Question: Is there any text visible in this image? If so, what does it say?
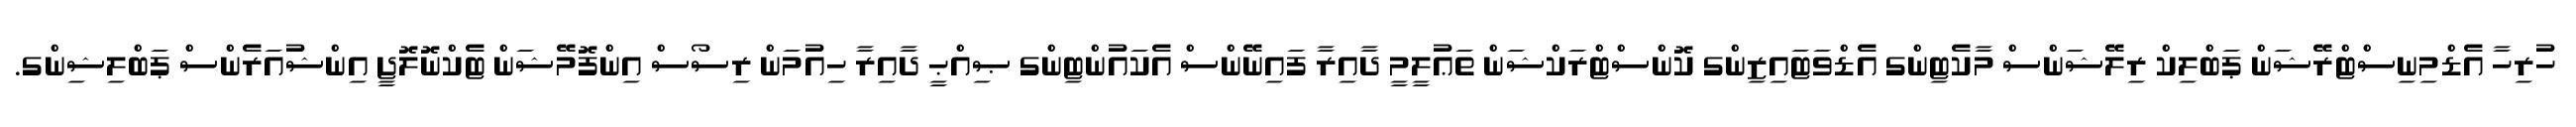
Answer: ހުރިހާ އެޑްމިނިސްޓްރޭޝަން ޕަބްލިކް ރިލޭޝަންސް މާކެޓިންގ އެޑްވަޓައިޒިންގ ކޮންސްޓްރަކްޝަން ތަޢުލީމީ ދާއިރާ ފައިނޭންސް އެކައުންޓިންގ ޞިއްޙީ ދާއިރާ ހިއުމަން ރިސޯސް އިންފޮމޭޝަން ޓެކްނޮލޮޖީ އިންޝުއަރެންސް ޕަބްލިޝިންގ.